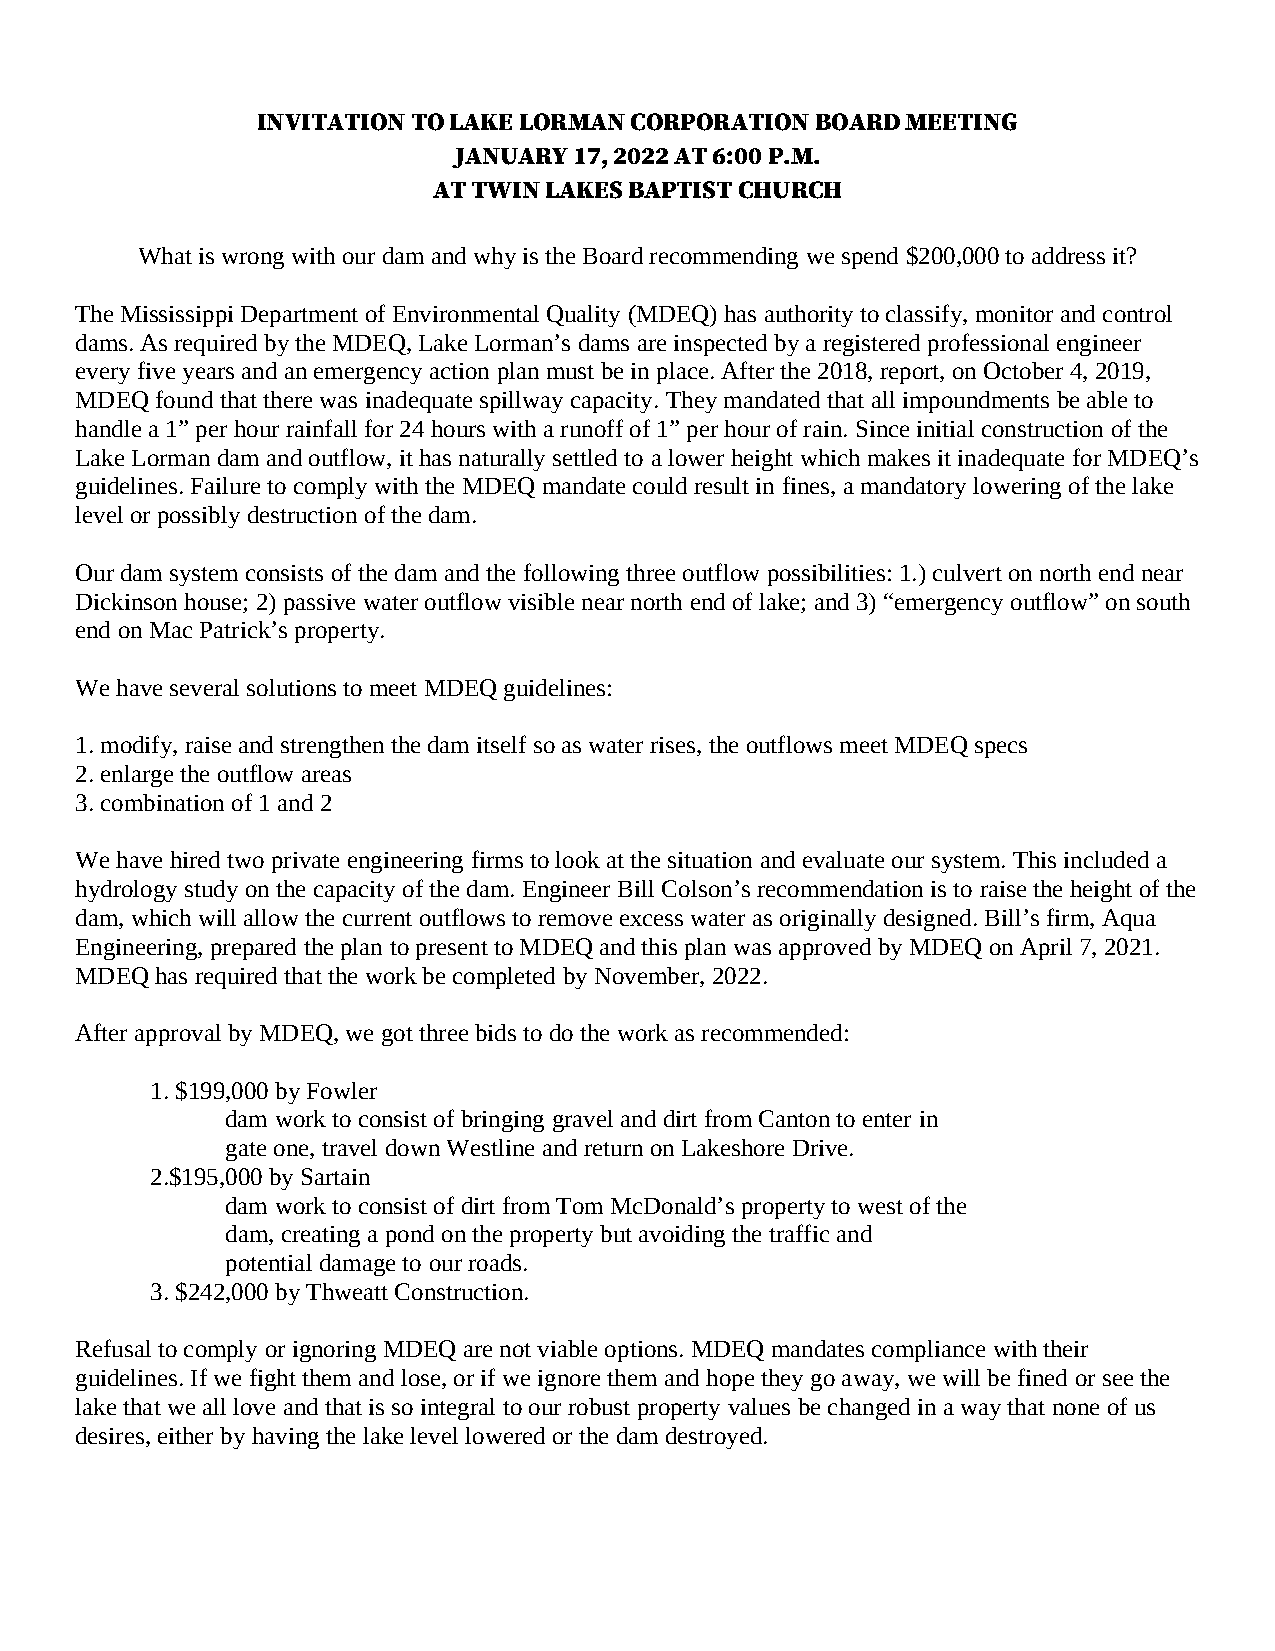
INVITATION TO LAKE LORMAN CORPORATION BOARD MEETING
 JANUARY 17, 2022 AT 6:00 P.M.
 AT TWIN LAKES BAPTIST CHURCH
 What is wrong with our dam and why is the Board recommending we spend $200,000 to address it?
 The Mississippi Department of Environmental Quality (MDEQ) has authority to classify, monitor and control
 dams. As required by the MDEQ, Lake Lorman’s dams are inspected by a registered professional engineer
 every five years and an emergency action plan must be in place. After the 2018, report, on October 4, 2019,
 MDEQ found that there was inadequate spillway capacity. They mandated that all impoundments be able to
 handle a 1” per hour rainfall for 24 hours with a runoff of 1” per hour of rain. Since initial construction of the
 Lake Lorman dam and outflow, it has naturally settled to a lower height which makes it inadequate for MDEQ’s
 guidelines. Failure to comply with the MDEQ mandate could result in fines, a mandatory lowering of the lake
 level or possibly destruction of the dam.
 Our dam system consists of the dam and the following three outflow possibilities: 1.) culvert on north end near
 Dickinson house; 2) passive water outflow visible near north end of lake; and 3) “emergency outflow” on south
 end on Mac Patrick’s property.
 We have several solutions to meet MDEQ guidelines:
 1. modify, raise and strengthen the dam itself so as water rises, the outflows meet MDEQ specs
 2. enlarge the outflow areas
 3. combination of 1 and 2
 We have hired two private engineering firms to look at the situation and evaluate our system. This included a
 hydrology study on the capacity of the dam. Engineer Bill Colson’s recommendation is to raise the height of the
 dam, which will allow the current outflows to remove excess water as originally designed. Bill’s firm, Aqua
 Engineering, prepared the plan to present to MDEQ and this plan was approved by MDEQ on April 7, 2021.
 MDEQ has required that the work be completed by November, 2022.
 After approval by MDEQ, we got three bids to do the work as recommended:
 1. $199,000 by Fowler
 dam work to consist of bringing gravel and dirt from Canton to enter in
 gate one, travel down Westline and return on Lakeshore Drive.
 2.$195,000 by Sartain
 dam work to consist of dirt from Tom McDonald’s property to west of the
 dam, creating a pond on the property but avoiding the traffic and
 potential damage to our roads.
 3. $242,000 by Thweatt Construction.
 Refusal to comply or ignoring MDEQ are not viable options. MDEQ mandates compliance with their
 guidelines. If we fight them and lose, or if we ignore them and hope they go away, we will be fined or see the
 lake that we all love and that is so integral to our robust property values be changed in a way that none of us
 desires, either by having the lake level lowered or the dam destroyed.